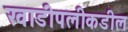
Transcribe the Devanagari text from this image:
खाडीपलीकडील